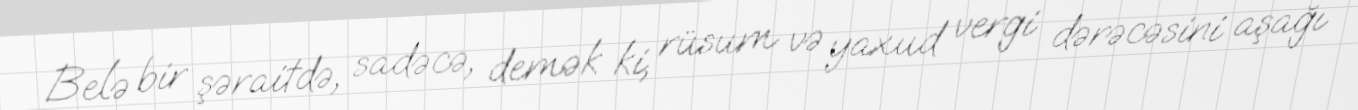
Belə bir şəraitdə, sadəcə, demək ki, rüsum və yaxud vergi dərəcəsini aşağı